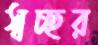
স্বচ্ছর